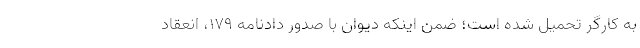
به کارگر تحمیل شده است؛ ضمن اینکه دیوان با صدور دادنامه ۱۷۹، انعقاد